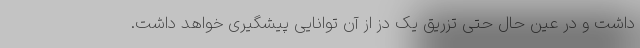
داشت و در عین حال حتی تزریق یک دز از آن توانایی پیشگیری خواهد داشت.